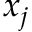
x _ { j }